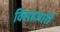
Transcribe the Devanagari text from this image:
विसहजारी